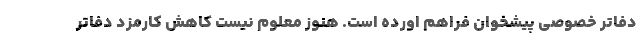
دفاتر خصوصی پیشخوان فراهم اورده است. هنوز معلوم نیست کاهش کارمزد دفاتر